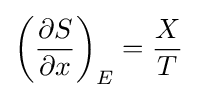
\left({\frac {\partial S}{\partial x}}\right)_{E}={\frac {X}{T}}